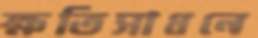
ক্ষতিসাধনে